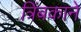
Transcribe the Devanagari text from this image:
त्रिंबकाने